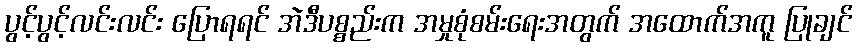
ပွင့်ပွင့်လင်းလင်း ပြောရရင် အဲဒီပစ္စည်းက အမှုစုံစမ်းရေးအတွက် အထောက်အကူ ပြုချင်